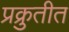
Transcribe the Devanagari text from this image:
प्रक्रुतीत